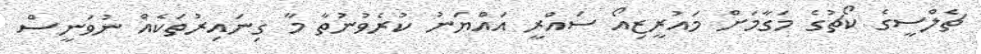
ޗެލްސީގެ ކޯޗުގެ މަގާމަށް މައުރީޒިއޯ ސައްރީ އައްޔަނު ކުރެވުނުތާ މާ ގިނައިރުތަކެއް ނުވަނީސް